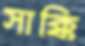
সাক্কি